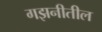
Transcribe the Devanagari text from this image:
गझनीतील